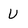
Character: U